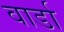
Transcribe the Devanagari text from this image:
वार्डा